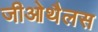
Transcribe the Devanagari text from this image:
जीओथैलस